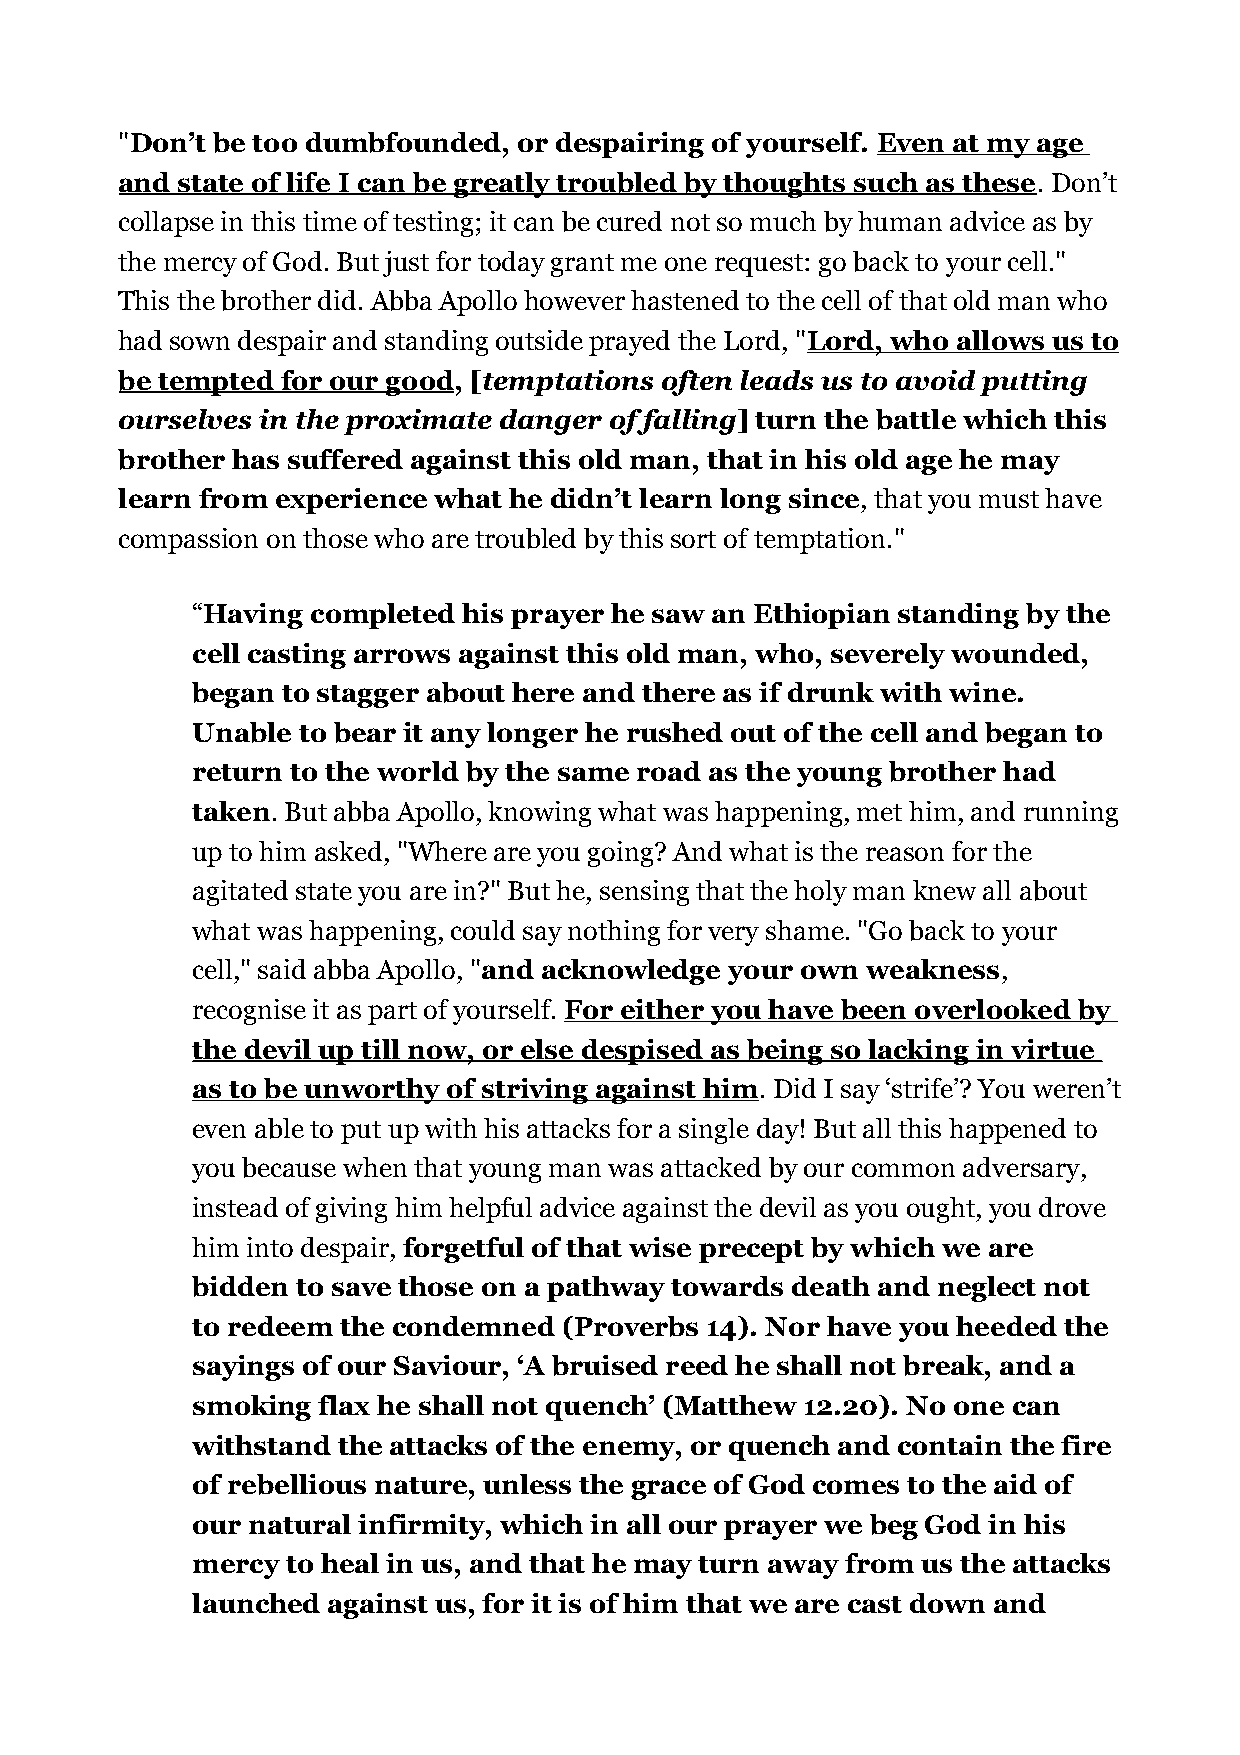
"Don’t be too dumbfounded, or despairing of yourself. Even at my age
 and state of life I can be greatly troubled by thoughts such as these. Don’t
 collapse in this time of testing; it can be cured not so much by human advice as by
 the mercy of God. But just for today grant me one request: go back to your cell."
 This the brother did. Abba Apollo however hastened to the cell of that old man who
 had sown despair and standing outside prayed the Lord, "Lord, who allows us to
 be tempted for our good, [temptations often leads us to avoid putting
 ourselves in the proximate danger of falling] turn the battle which this
 brother has suffered against this old man, that in his old age he may
 learn from experience what he didn’t learn long since, that you must have
 compassion on those who are troubled by this sort of temptation."
 “Having completed his prayer he saw an Ethiopian standing by the
 cell casting arrows against this old man, who, severely wounded,
 began to stagger about here and there as if drunk with wine.
 Unable to bear it any longer he rushed out of the cell and began to
 return to the world by the same road as the young brother had
 taken. But abba Apollo, knowing what was happening, met him, and running
 up to him asked, "Where are you going? And what is the reason for the
 agitated state you are in?" But he, sensing that the holy man knew all about
 what was happening, could say nothing for very shame. "Go back to your
 cell," said abba Apollo, "and acknowledge your own weakness,
 recognise it as part of yourself. For either you have been overlooked by
 the devil up till now, or else despised as being so lacking in virtue
 as to be unworthy of striving against him. Did I say ‘strife’? You weren’t
 even able to put up with his attacks for a single day! But all this happened to
 you because when that young man was attacked by our common adversary,
 instead of giving him helpful advice against the devil as you ought, you drove
 him into despair, forgetful of that wise precept by which we are
 bidden to save those on a pathway towards death and neglect not
 to redeem the condemned (Proverbs 14). Nor have you heeded the
 sayings of our Saviour, ‘A bruised reed he shall not break, and a
 smoking flax he shall not quench’ (Matthew 12.20). No one can
 withstand the attacks of the enemy, or quench and contain the fire
 of rebellious nature, unless the grace of God comes to the aid of
 our natural infirmity, which in all our prayer we beg God in his
 mercy to heal in us, and that he may turn away from us the attacks
 launched against us, for it is of him that we are cast down and